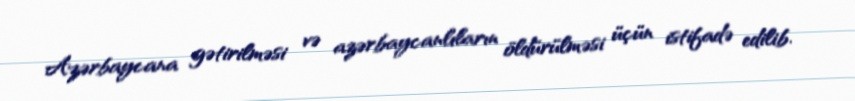
Azərbaycana gətirilməsi və azərbaycanlıların öldürülməsi üçün istifadə edilib.